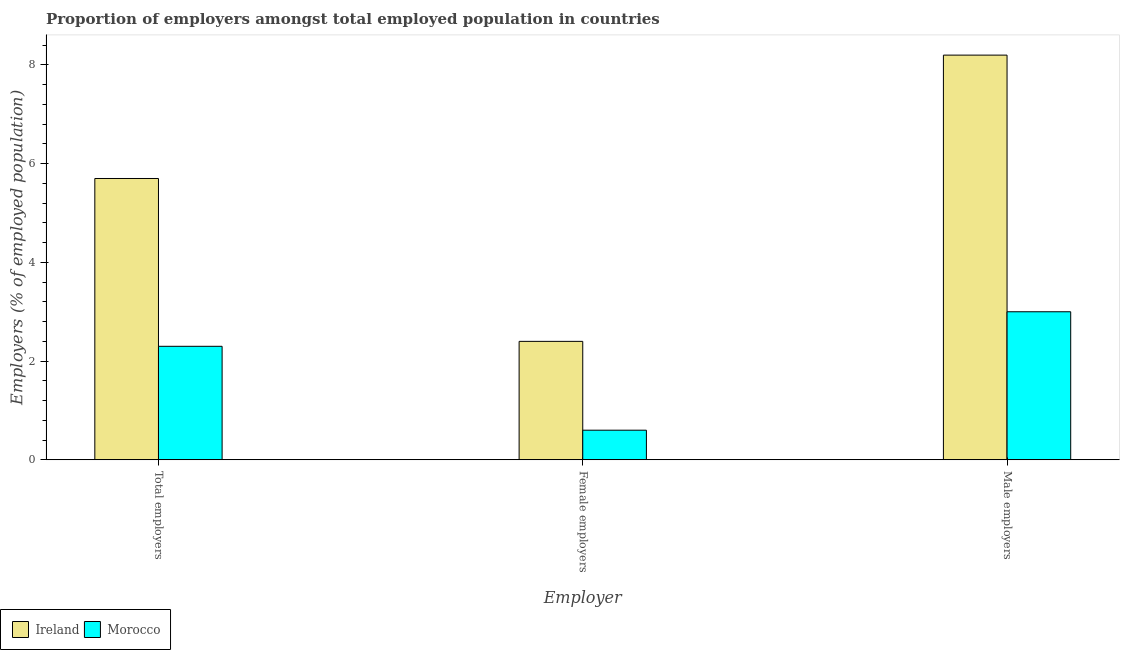
| Employer | Ireland | Morocco |
 | --- | --- | --- |
 | Total employers | 5.7 | 2.3 |
 | Female employers | 2.4 | 0.6 |
 | Male employers | 8.2 | 3 |